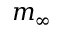
m _ { \infty }